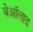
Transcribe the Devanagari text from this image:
बेऑलाद